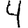
Digit: 4